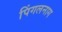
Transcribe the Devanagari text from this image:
पिंगलनाग